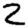
Digit: 2